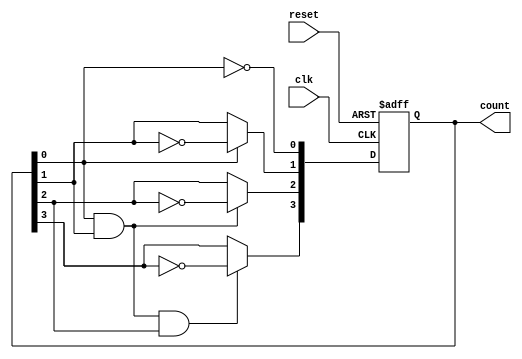
module ripple_counter (
    input wire clk,        // Clock input
    input wire reset,      // Asynchronous reset input
    output reg [3:0] count // 4-bit count output
);

    // Always block triggered on clock edge
    always @(posedge clk or posedge reset) begin
        if (reset) begin
            count <= 4'b0000; // Reset the counter to 0
        end else begin
            count[0] <= ~count[0]; // Toggle the least significant bit (LSB)
            count[1] <= count[0] ? ~count[1] : count[1]; // Toggle when LSB goes from 1 to 0
            count[2] <= (count[0] & count[1]) ? ~count[2] : count[2]; // Toggle when LSB and second bit are both 1
            count[3] <= (count[0] & count[1] & count[2]) ? ~count[3] : count[3]; // Toggle when LSB, second and third bits are all 1
        end
    end

endmodule